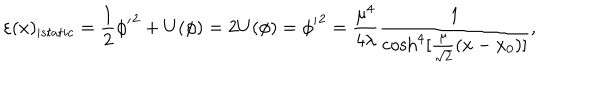
LaTeX: \varepsilon ( x ) _ { \mid s t a t i c } = \frac { 1 } { 2 } \phi { ' } ^ { 2 } + U ( \phi ) = 2 U ( \phi ) = \phi { ' } ^ { 2 } = \frac { \mu ^ { 4 } } { 4 \lambda } \frac { 1 } { \cosh ^ { 4 } [ \frac { \mu } { \sqrt { 2 } } ( x - x _ { 0 } ) ] } ,